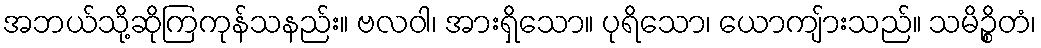
အဘယ်သို့ဆိုကြကုန်သနည်း။ ဗလဝါ၊ အားရှိသော။ ပုရိသော၊ ယောကျ်ားသည်။ သမိဉ္စိတံ၊